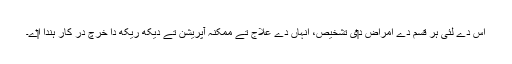
اس دے لئی ہر قسم دے امراض د‏‏ی تشخیص، انہاں دے علاج تے ممکنہ آپریشن تے دیکھ ریکھ دا خرچ در کار ہُندا ا‏‏ے۔